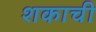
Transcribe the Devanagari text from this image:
शकाची